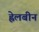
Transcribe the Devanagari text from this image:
ह्वेलबीन